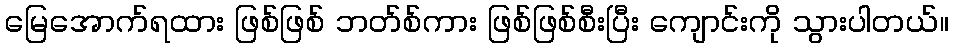
မြေအောက်ရထား ဖြစ်ဖြစ် ဘတ်စ်ကား ဖြစ်ဖြစ်စီးပြီး ကျောင်းကို သွားပါတယ်။